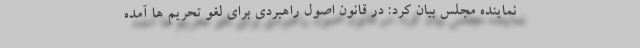
نماینده مجلس بیان کرد: در قانون اصول راهبردی برای لغو تحریم ها آمده